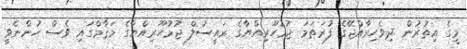
މީގެ އިތުރުން ދިވެހިރާއްޖޭގެ ފުރަތަމަ ޖުމުހޫރިއްޔާގެ ރައީސުލް ޖުމުހޫރިއްޔާގެ މަޤާމްގައި ވެސް ހުންނެވީ